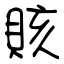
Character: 賅